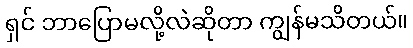
ရှင် ဘာပြောမလို့လဲဆိုတာ ကျွန်မသိတယ်။